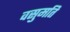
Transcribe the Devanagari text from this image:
वसुमति